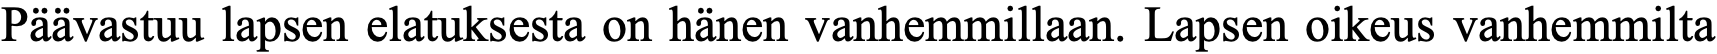
Päävastuu lapsen elatuksesta on hänen vanhemmillaan. Lapsen oikeus vanhemmilta